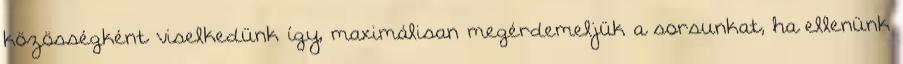
közösségként viselkedünk így, maximálisan megérdemeljük a sorsunkat, ha ellenünk